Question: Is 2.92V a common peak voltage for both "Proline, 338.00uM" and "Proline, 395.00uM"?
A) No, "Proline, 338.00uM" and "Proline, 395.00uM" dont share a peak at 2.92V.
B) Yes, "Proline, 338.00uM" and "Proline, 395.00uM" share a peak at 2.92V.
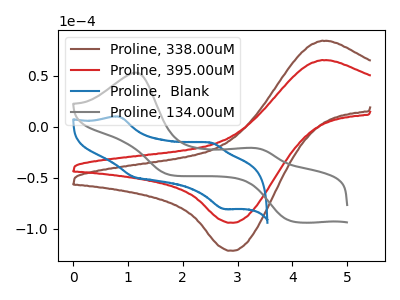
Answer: <think>The brown curve "Proline, 338.00uM" has an anodic peak at (4.55V, 84.10uA) and a cathodic peak at (2.90V, -121.70uA). The red curve "Proline, 395.00uM" has an anodic peak at (4.55V, 65.15uA) and a cathodic peak at (2.90V, -94.25uA). The blue curve "Proline,  Blank" has anodic peaks at (0.85V, 9.70uA) (2.50V, -15.80uA) and cathodic peaks at (1.10V, -49.05uA) (2.75V, -80.80uA). The gray curve "Proline, 134.00uM" has anodic peaks at (1.15V, 52.85uA) (3.30V, -21.00uA) and cathodic peaks at (4.00V, -92.55uA) (1.75V, -47.05uA).</think>
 <answer>B) Yes, "Proline, 338.00uM" and "Proline, 395.00uM" share a peak at 2.92V.</answer>
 <eval>B</eval>